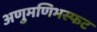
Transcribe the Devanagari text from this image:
अणुमणिभस्फट